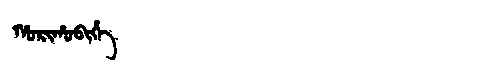
Manchu: ᡥᠣᡵᡳᡥᠣᠪᡳᡥᡝ
Romanization: HORIHOBIHE